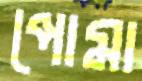
পোমা